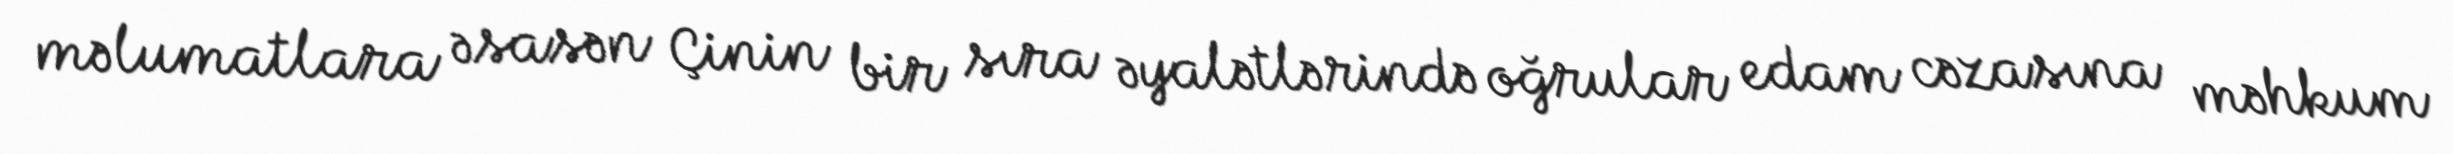
məlumatlara əsasən Çinin bir sıra əyalətlərində oğrular edam cəzasına məhkum